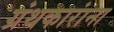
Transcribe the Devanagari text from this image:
ग्रंथकारांना